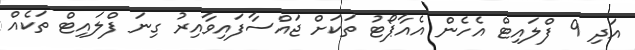
އަދި 9 ފްލައިޓް އެހެން އެއާޕޯޓު ތަކަށް ޖައްސާފައިވާއިރު ގިނަ ފްލައިޓް ތަކެއް